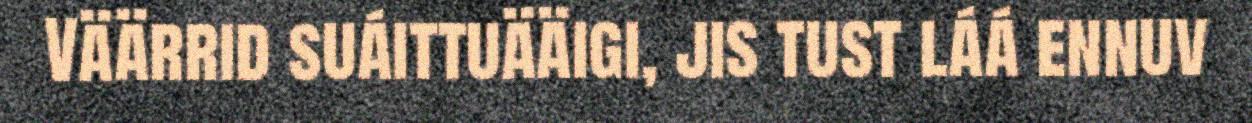
Väärrid suáittuääigi, jis tust láá ennuv